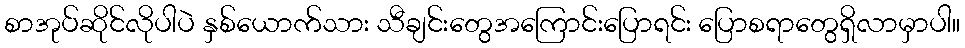
စာအုပ်ဆိုင်လိုပါပဲ နှစ်ယောက်သား သီချင်းတွေအကြောင်းပြောရင်း ပြောစရာတွေရှိလာမှာပါ။